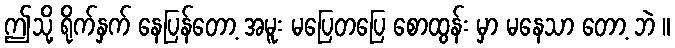
ဤသို့ ရိုက်နှက် နေပြန်တော့ အမူး မပြေတပြေ စောထွန်း မှာ မနေသာ တော့ ဘဲ ။